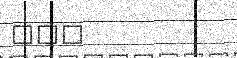
٢٤٣